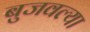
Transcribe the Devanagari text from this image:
बुजवल्या